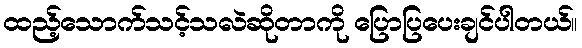
ထည့်သောက်သင့်သလဲဆိုတာကို ပြောပြပေးချင်ပါတယ်။